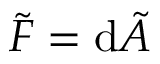
\tilde { F } = \mathrm { d } \tilde { A }